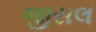
જીસલ